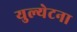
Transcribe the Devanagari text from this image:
युल्येटना